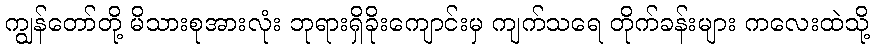
ကျွန်တော်တို့ မိသားစုအားလုံး ဘုရားရှိခိုးကျောင်းမှ ကျက်သရေ တိုက်ခန်းများ ကလေးထဲသို့